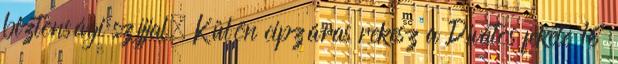
biztonsági szíjjal. Külön cipzáras rekesz a Dívatos fekete 16"